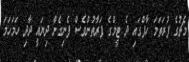
މެޗުގެ ފުރަތަމަ ހާފްގައި ދެ ޓީމްގެ ފަރާތުންވެސް ފެނިގެން ދިޔައީ ދާދި ހަމަހަމަ